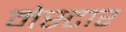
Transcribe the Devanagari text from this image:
मेस्टार